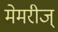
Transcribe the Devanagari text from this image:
मेमरीज्